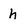
Character: h